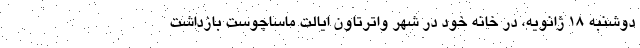
دوشنبه ۱۸ ژانویه، در خانه خود در شهر واترتاون ایالت ماساچوست بازداشت